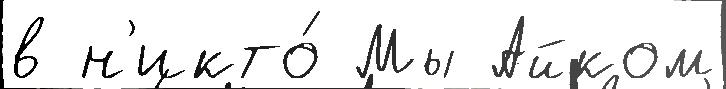
в н'икто́ Мы Айком